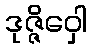
ဒုဇ္ဇိဝှေါ